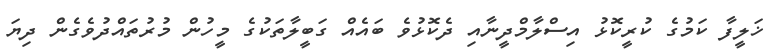
ޚަލީފާ ކަމުގެ ކުރީކޮޅު އިސްލާމްދީނާއި ދެކޮޅުވެ ބައެއް ގަބީލާތަކުގެ މީހުން މުރުތައްދުވެގެން ދިޔަ